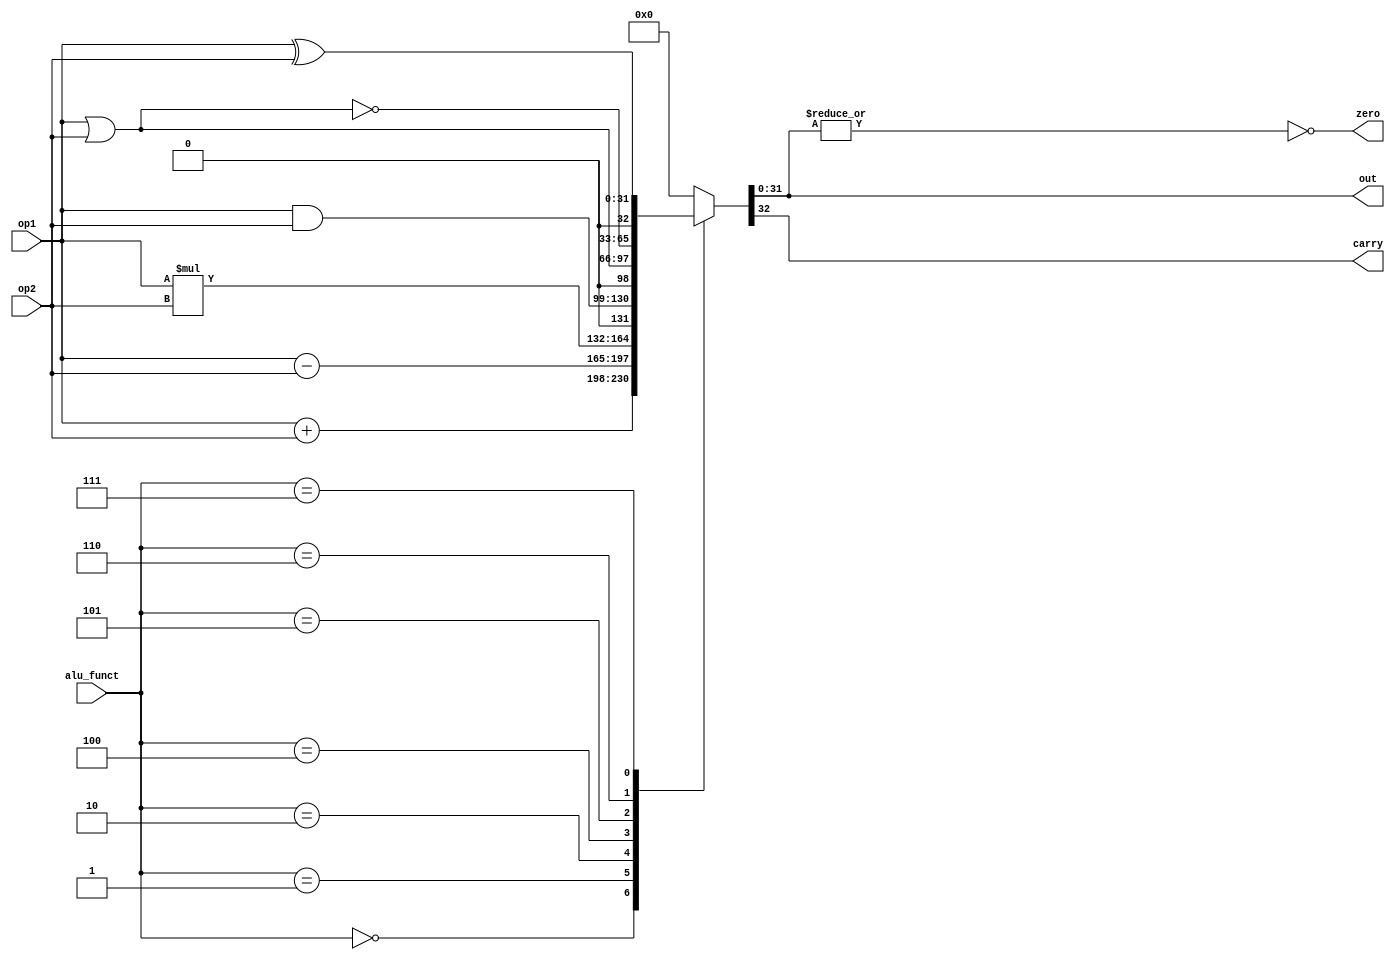

module alu
 (input [31:0] op1,
  input [31:0] op2,
  input [2:0] alu_funct,
  output carry,
  output zero,
  output [31:0]out
  );
  reg [32:0] outputWire;

 assign zero = ~|(out); // bitwise reduction
 assign {carry, out[31:0]} = outputWire[32:0];

 //fsm
 localparam ADD = 0;
 localparam SUB = 1;
 localparam MUL = 2;
 localparam DIV = 3;
 localparam AND = 4;
 localparam OR  = 5;
 localparam NOR = 6;
 localparam XOR = 7;
 //localparam sll = 8;
 //localparam srl = 9;

 always @(*)
    begin
        case(alu_funct)
            //NOP: out = 0; //No operation
            ADD: outputWire = op1 + op2;
            SUB: outputWire = op1 - op2;
            MUL: outputWire = op1 * op2;
            AND: outputWire = op1 & op2;
            OR : outputWire = op1 | op2;
            NOR: outputWire = ~(op1 | op2);
            XOR: outputWire = op1 ^ op2;
            //sll: outputWire = 
            default: outputWire = 0;
        endcase
    end

endmodule